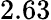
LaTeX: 2.63